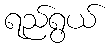
ရည်ရွယ်